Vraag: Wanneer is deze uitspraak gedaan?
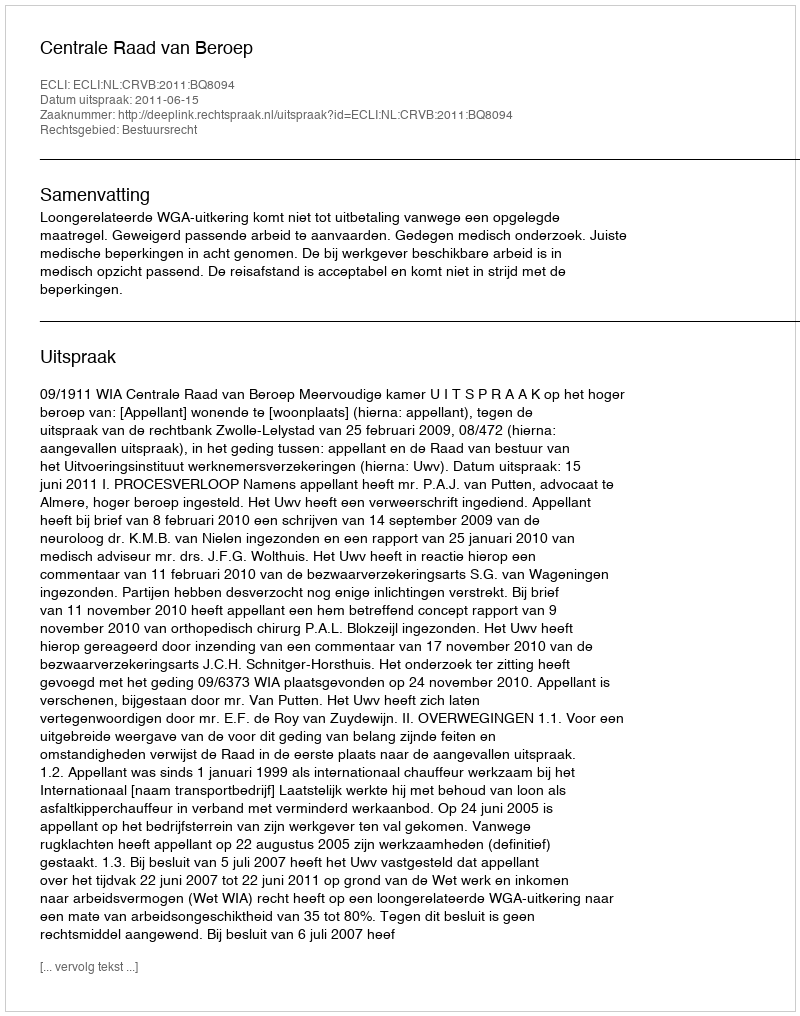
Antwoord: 2011-06-15